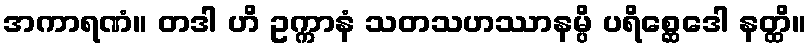
အကာရဏံ။ တဒါ ဟိ ဥက္ကာနံ သတသဟဿာနမ္ပိ ပရိစ္ဆေဒေါ နတ္ထိ။